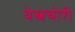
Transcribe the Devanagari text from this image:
वेस्त्रचोरी